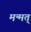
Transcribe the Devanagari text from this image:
मन्मत्